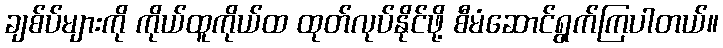
ချစ်ပ်များကို ကိုယ်ထူကိုယ်ထ ထုတ်လုပ်နိုင်ဖို့ စီမံဆောင်ရွက်ကြပါတယ်။